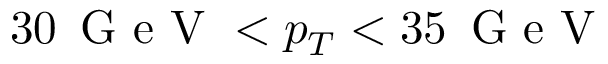
3 0 \, \mathrm { ~ G ~ e ~ V ~ } < p _ { T } < 3 5 \, \mathrm { ~ G ~ e ~ V ~ }